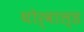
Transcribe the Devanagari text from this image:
थोर्वाल्ड